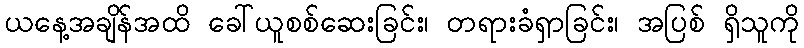
ယနေ့အချိန်အထိ ခေါ်ယူစစ်ဆေးခြင်း၊ တရားခံရှာခြင်း၊ အပြစ် ရှိသူကို